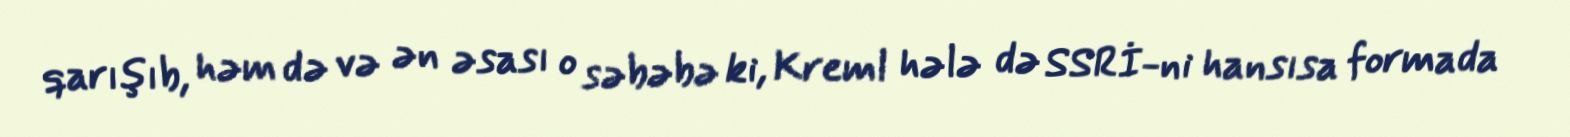
qarışıb, həm də və ən əsası o səbəbə ki, Kreml hələ də SSRİ-ni hansısa formada